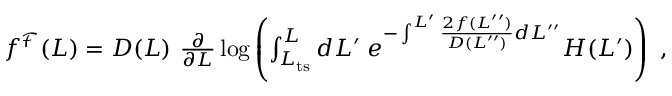
\begin{array} { r } { f ^ { \mathcal { F } } ( L ) = D ( L ) \ \frac { \partial } { \partial L } \log \left( \int _ { L _ { \mathrm { t s } } } ^ { L } d L ^ { \prime } \; e ^ { - \int ^ { L ^ { \prime } } \frac { 2 f ( L ^ { \prime \prime } ) } { D ( L ^ { \prime \prime } ) } d L ^ { \prime \prime } } H ( L ^ { \prime } ) \right) \ , } \end{array}